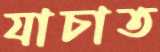
যাচাত